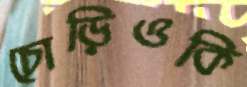
চোড়িওকি